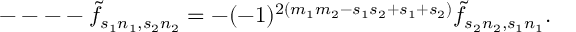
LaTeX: --- - \tilde { f } _ { s _ { 1 } n _ { 1 } , s _ { 2 } n _ { 2 } } = - ( - 1 ) ^ { 2 ( m _ { 1 } m _ { 2 } - s _ { 1 } s _ { 2 } + s _ { 1 } + s _ { 2 } ) } \tilde { f } _ { s _ { 2 } n _ { 2 } , s _ { 1 } n _ { 1 } } .